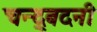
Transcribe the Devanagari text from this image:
चन्द्र्बदनी